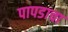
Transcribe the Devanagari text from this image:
पापडाचा